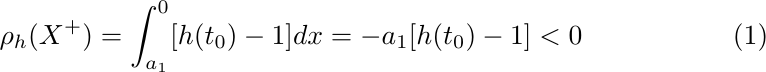
\begin{equation}
\rho_h(X^+)=\int_{a_1}^0 [h(t_0)-1]dx=-a_1[h(t_0)-1]<0
\end{equation}